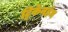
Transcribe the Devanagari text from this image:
ट्विकेनहॅम